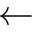
\gets